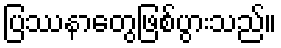
ပြဿနာတွေဖြစ်ပွားသည်။